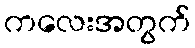
ကလေးအတွက်